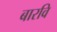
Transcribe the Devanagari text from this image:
बारवि